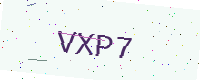
Text: VXP7